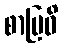
စာဗြဝိ